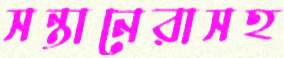
সন্তানেরাসহ